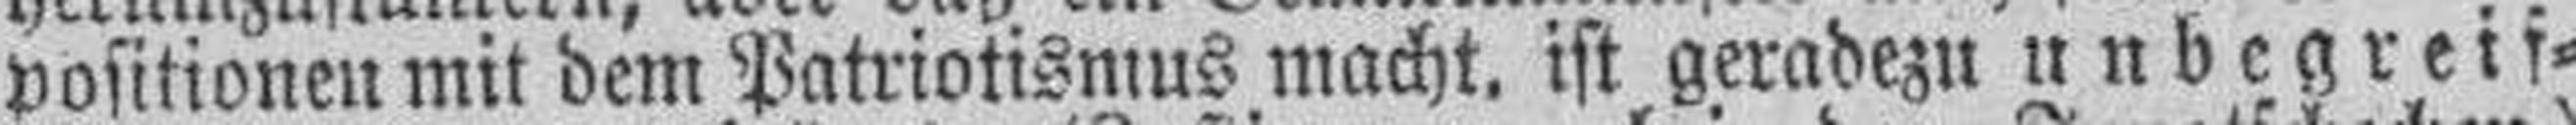
positionen mit dem Patriotismus macht, ist geradezu unbegreif¬